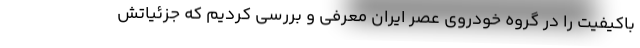
باکیفیت را در گروه خودروی عصر ایران معرفی و بررسی کردیم که جزئیاتش